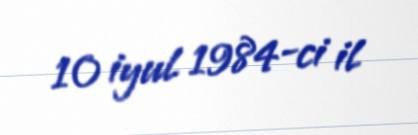
10 iyul 1984-ci il